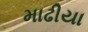
માઢીયા